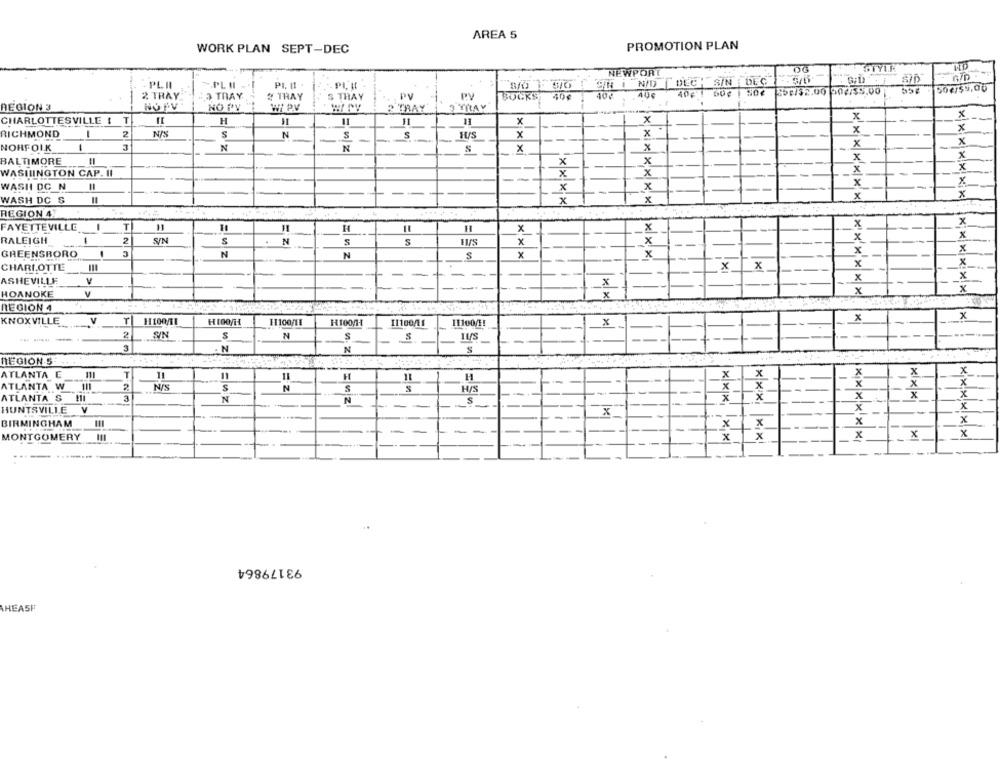
AREA 5
PROMOTION PLAN
WORK PLAN SEPT-DEC
STYIK
NEWPORT
PLI
N/D
DECH SIN ; DEG
De 1 90€ 25:/32.00 902/35.00
50€/$9,00
2 TRAY
3 THAY
# TRAY
$ THAY
PY
PV
SOUKS
40€
40.
REGION 3
NOBV
NO PV
WI PV
2 TRAY
3 THAY
x
CHARLOTTESVILLE : T
H
11
x
x
x
x
x
RICHMOND
-
2
S
N
S
x
x
3
x
x
NORFOLK
N
N
x
BALTIMORE
-
x
x
x
X
x
WASHINGTON CAP. II
x
x
x
x
WASHI DC N
-
x
WASH DC S
---
x
!** **
x
x
x
REGION 47
x
FAYETTEVILLE
T
H
x
X
x
x
x
RALEIGH
2
S/N
$
N
S
x
x
N
x
x
GREENSBORO
N
S
x
x
CHARLOTTE
x_x
x
x
ASHEVILLE
V
.x
-
x
x
x
HOANOKE
V
x
REGION 4
KNOXVILLE
V
H100/1
11100/11
H100/H1
11100/11
x
x
x
11100/1!
SIN
S
N
S
S
IUS
--
-
3
. N
N
S
REGION S
ATLANTA E
111
T
H
x
x
x
x
ATLANTA W III
N/S
S
N
S
H/S
ATLANTA S
3
N
N
X
x
X
HUNTSVILLE V
1
x
x
BIRMINGHAM
x
MONTGOMERY
XX
x
x
x
93179864
HEASF